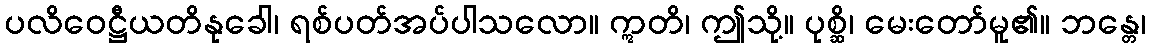
ပလိဝေဋ္ဌီယတိနုခေါ၊ ရစ်ပတ်အပ်ပါသလော။ ဣတိ၊ ဤသို့။ ပုစ္ဆိ၊ မေးတော်မူ၏။ ဘန္တေ၊